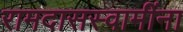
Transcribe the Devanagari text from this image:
रामदासस्वामींना